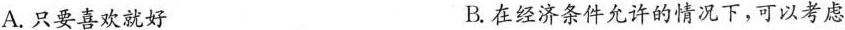
A.只要喜欢就好 B.在经济条件允许的情况下，可以考虑